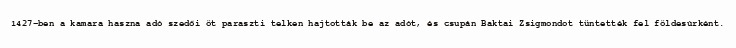
1427-ben a kamara haszna adó szedői öt paraszti telken hajtották be az adót, és csupán Baktai Zsigmondot tüntették fel földesúrként.